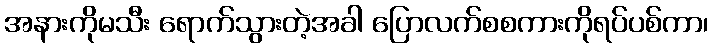
အနားကိုမသီး ရောက်သွားတဲ့အခါ ပြောလက်စစကားကိုရပ်ပစ်ကာ၊